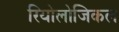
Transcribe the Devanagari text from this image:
रियोलोजिकल